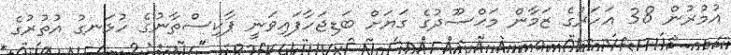
އުމުރުން 38 އަހަރުގެ ޒަމާން މަޙްސޫދުގެ ގަޔަށް ބަޑިޖަހާފައިވަނީ ޕާކިސްތާނުގެ ހުޅަނގު އުތުރުގެ